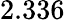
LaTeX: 2.336